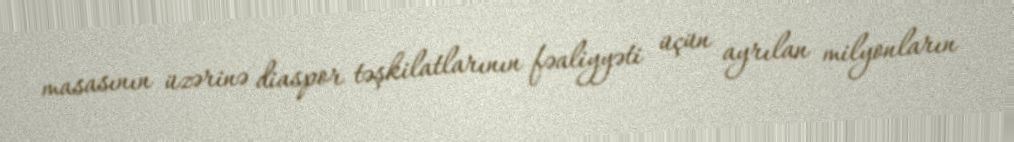
masasının üzərinə diaspor təşkilatlarının fəaliyyəti üçün ayrılan milyonların